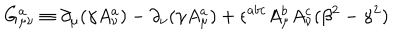
LaTeX: \hspace { 3 c m } G _ { \mu \nu } ^ { a } \equiv \partial _ { \mu } ( \gamma A _ { \nu } ^ { a } ) - \partial _ { \nu } ( \gamma A _ { \mu } ^ { a } ) + \epsilon ^ { a b c } A _ { \mu } ^ { b } A _ { \nu } ^ { c } ( \beta ^ { 2 } - \gamma ^ { 2 } )